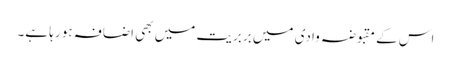
اس کے مقبوضہ وادی میں بربریت میں بھی اضافہ ہو رہا ہے۔